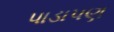
પાડાપણ